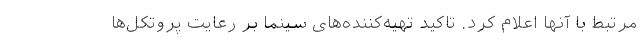
مرتبط با آنها اعلام کرد. تاکید تهیه‌کننده‌های سینما بر رعایت پروتکل‌ها